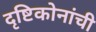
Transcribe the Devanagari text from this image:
दृष्टिकोनांची